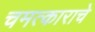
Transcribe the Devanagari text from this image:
चमत्काराचे